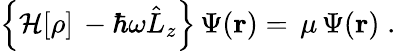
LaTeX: \left\{ {\cal H}[\rho]\, -\hbar\omega\hat{L}_{z}\right\} \, \Psi(\mathbf{r})=\, \mu\, \Psi(\mathbf{r})\; .